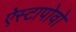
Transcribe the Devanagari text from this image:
ऐस्टापोवो